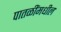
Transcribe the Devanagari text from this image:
पातळींमधील